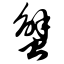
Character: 蟹